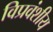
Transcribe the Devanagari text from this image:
विप्रवंशीय